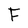
Character: F